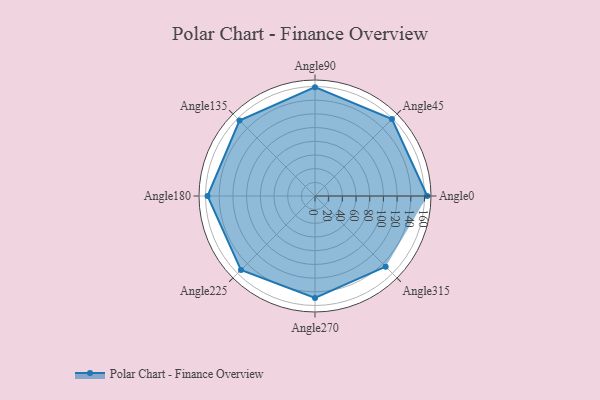
{"axis": {"x": "Angle", "y": "Radius"}, "legend": [""], "data": [{"x": "Angle0", "y": 164.0, "type": ""}, {"x": "Angle45", "y": 159.0, "type": ""}, {"x": "Angle90", "y": 159.0, "type": ""}, {"x": "Angle135", "y": 156.0, "type": ""}, {"x": "Angle180", "y": 157.0, "type": ""}, {"x": "Angle225", "y": 153.0, "type": ""}, {"x": "Angle270", "y": 149.0, "type": ""}, {"x": "Angle315", "y": 146.0, "type": ""}]}